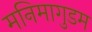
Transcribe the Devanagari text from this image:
मनिमागुडम